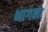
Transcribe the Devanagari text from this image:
भागमा